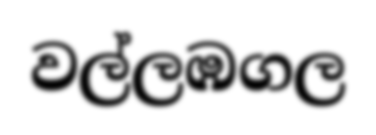
වල්ලඹගල